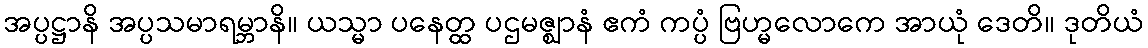
အပ္ပဋ္ဌာနိ အပ္ပသမာရမ္ဘာနိ။ ယသ္မာ ပနေတ္ထ ပဌမဇ္ဈာနံ ဧကံ ကပ္ပံ ဗြဟ္မလောကေ အာယုံ ဒေတိ။ ဒုတိယံ